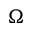
\Omega